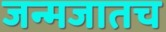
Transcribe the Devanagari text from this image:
जन्मजातच